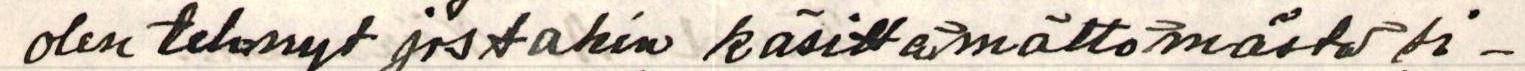
olen tehnyt jostakin käsittämättömästä si-